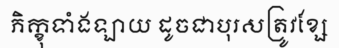
ភិក្ខុទាំងឡាយ ដូចជាបុរសត្រូវខ្សែ